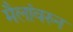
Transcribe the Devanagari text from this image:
मैलांवरुन